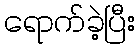
ရောက်ခဲ့ပြီး